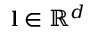
\mathbf { l } \in \mathbb { R } ^ { d }